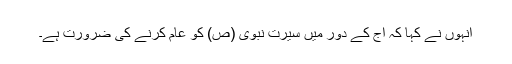
انہوں نے کہا کہ آج کے دور میں سیرت نبوی (ص) کو عام کرنے کی ضرورت ہے۔